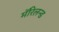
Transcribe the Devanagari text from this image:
मॅरिलन्ड